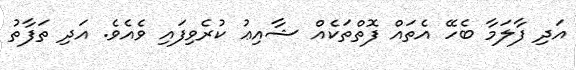
އަދި ފާލަމާ ބެހޭ އެތައް ފޮތްތަކެއް ޝާއިޢު ކުރެވިފައި ވެއެވެ. އަދި ތަފާތު